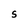
Character: S